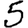
Digit: 5